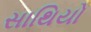
સાથિયો